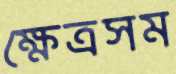
ক্ষেত্রসম